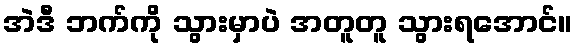
အဲဒီ ဘက်ကို သွားမှာပဲ အတူတူ သွားရအောင်။